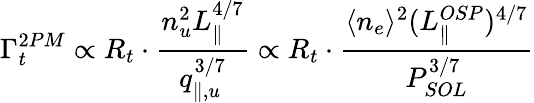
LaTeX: \Gamma_{t}^{2PM}\propto R_{t}\cdot\frac{n_{u}^{2}L_{\parallel}^{4/7}}{q_{\parallel,u}^{3/7}}\propto R_{t}\cdot\frac{\langle n_{e}\rangle^{2}(L_{\parallel}^{OSP})^{4/7}}{P_{SOL}^{3/7}}